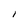
Character: l